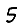
Digit: 5